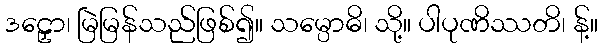
ဒဠှော၊ မြဲမြန်သည်ဖြစ်၍။ သမ္ပောဓိ၊ သို့။ ပါပုဏိဿတိ၊ န့်။